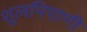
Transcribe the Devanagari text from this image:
शूलपिपाणी